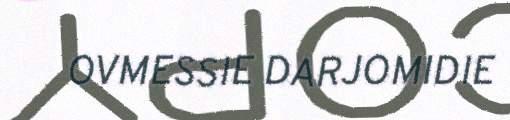
OVMESSIE DARJOMIDIE